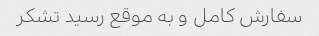
سفارش کامل و به موقع رسید تشکر